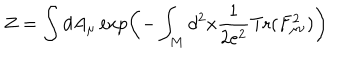
Z = \int d A _ { \mu } \exp \left( - \int _ { M } d ^ { 2 } x \frac { 1 } { 2 e ^ { 2 } } \mathrm { T r } ( F _ { \mu \nu } ^ { 2 } ) \right)